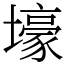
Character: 壕